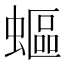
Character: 𧏺